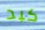
كبد